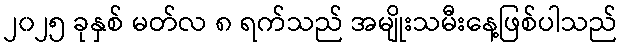
၂၀၂၅ ခုနှစ် မတ်လ ၈ ရက်သည် အမျိုးသမီးနေ့ဖြစ်ပါသည်